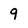
Character: 9